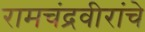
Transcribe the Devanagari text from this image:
रामचंद्रवीरांचे